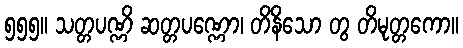
၅၅၅။ သတ္တပဏ္ဏိ ဆတ္တပဏ္ဏော၊ တိနိသော တွ တိမုတ္တကော။